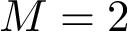
M = 2